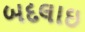
બદલાઇ